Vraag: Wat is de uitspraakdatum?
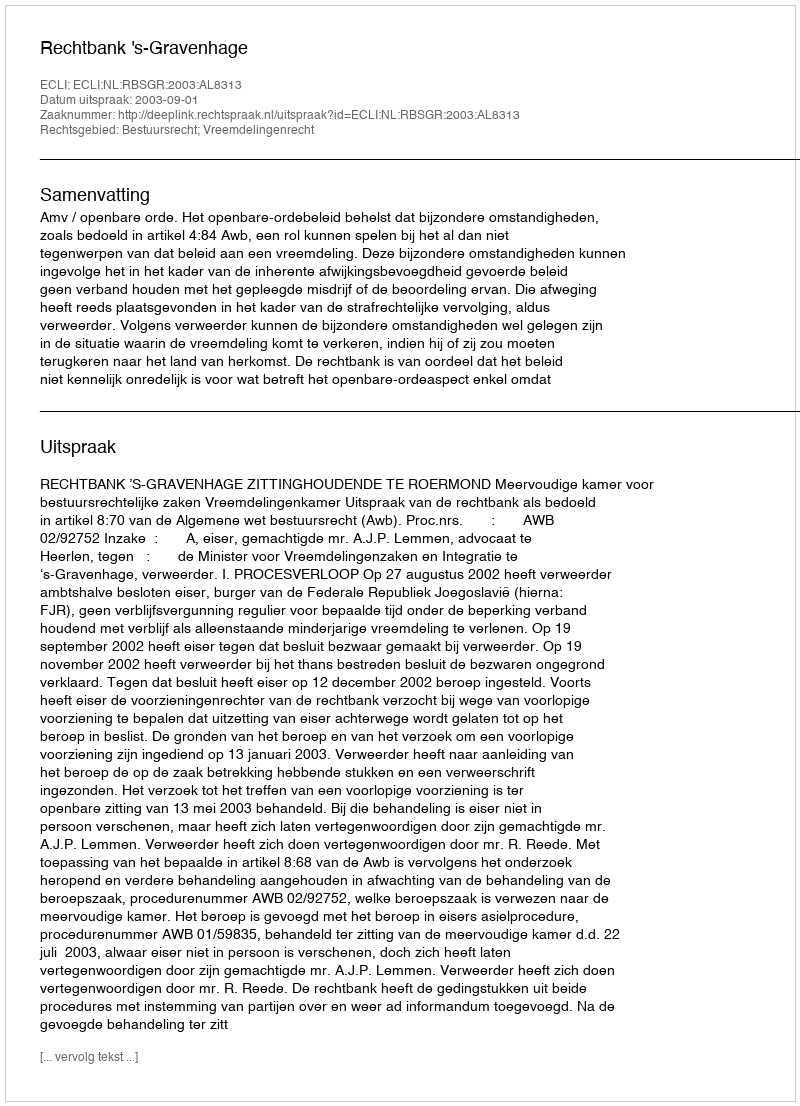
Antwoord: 2003-09-01